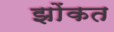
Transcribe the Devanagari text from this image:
झोंकत